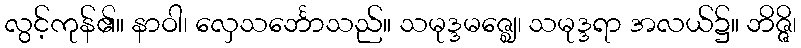
လွင့်ကုန်၏။ နာဝါ၊ လှေသင်္ဘောသည်။ သမုဒ္ဒမဇ္ဈေ၊ သမုဒ္ဒရာ အလယ်၌။ ဘိဇ္ဇိ၊